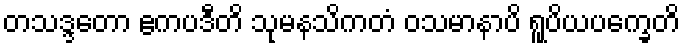
တသဒ္ဒတော ဧကပဒီတိ သုမနသိကတံ ဝသမာနာပိ ရူပိယပက္ခေတိ